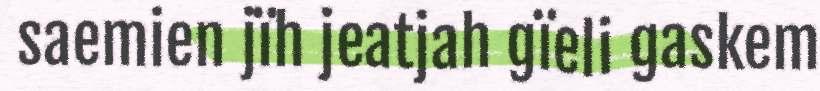
saemien jïh jeatjah gïeli gaskem